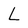
Character: L